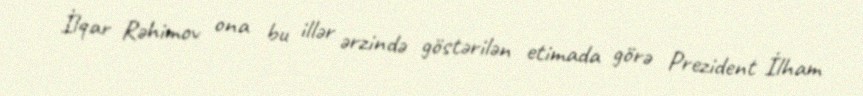
İlqar Rəhimov ona bu illər ərzində göstərilən etimada görə Prezident İlham